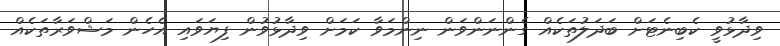
ވިދާޅުވީ ކެބިނެޓަށް ބަދަލުތަކެއް ގެންނަންވަން ނިންމަވާ ކަމަށް ވިދާޅުވުން ފިޔަވައި އެހެން މަޝްވަރާތަކެއް